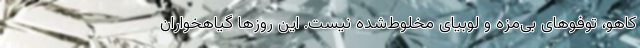
کاهو، توفو‌های بی‌مزه و لوبیای مخلوط‌شده نیست. این روز‌ها گیاهخواران